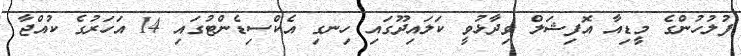
ފުލުހުންގެ މީޑިއާ އޮފިޝަލް ވިދާޅުވީ ކަލައިދޫގައި ހިނގި އެކްސިޑެންޓުގައި 14 އަހަރުގެ ކުއްޖާ